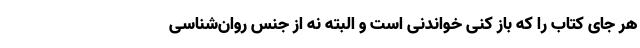
هر جای کتاب را که باز کنی خواندنی است و البته نه از جنس روان‌شناسی